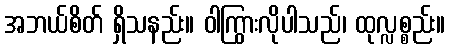
အဘယ်စိတ် ရှိသနည်း။ ဝါကြွားလိုပါသည်၊ ထုလ္လစ္စည်း။